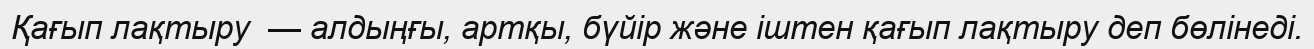
Қағып лақтыру  — алдыңғы, артқы, бүйір және іштен қағып лақтыру деп бөлінеді.